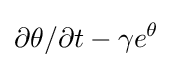
\partial \theta /\partial t-\gamma e^{\theta }